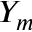
Y _ { m }